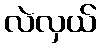
လဲလှယ်